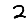
Digit: 2